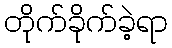
တိုက်ခိုက်ခဲ့ရာ